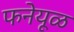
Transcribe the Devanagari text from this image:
फनेयूळ